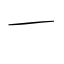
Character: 一